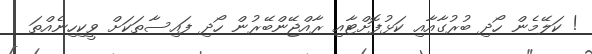
! ކަލޭމެން ހޯދި ބުރުގާއާއި ކަޅުފޮށްޓާއި ރާއްޖޭންބޭރުން ހޯދި ފައިސާތަކަށް ވީކިހިނެއްތަ